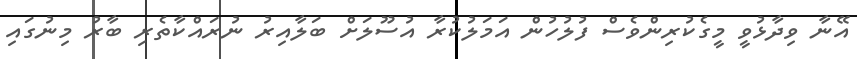
އޭނާ ވިދާޅުވީ މީގެކުރިންވެސް ފުލުހުން އަމަލުކުރާ އުސޫލަށް ބަލާއިރު ނުރައްކާތެރި ބާރު މިނުގައި